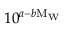
1 0 ^ { a - b \mathrm { M _ { W } } }